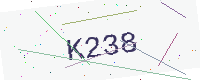
Text: K238